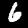
Label: 6